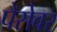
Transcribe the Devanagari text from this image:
पैसेवर